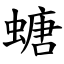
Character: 螗